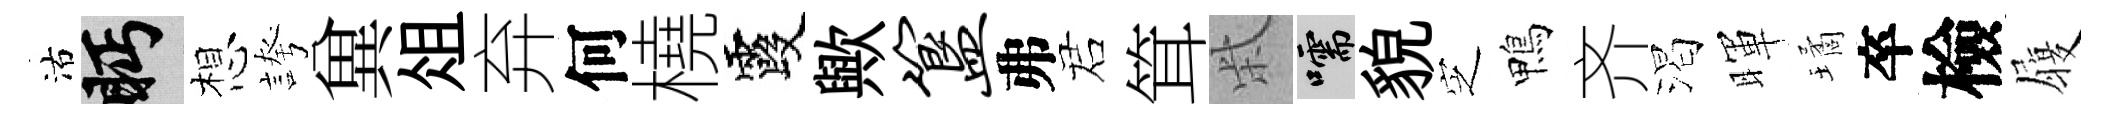
沽眄想誇兾俎弃何橈霞歟簋弗诺䇯柴嚅貌㝎鴨齐渴暉璚卒檢履